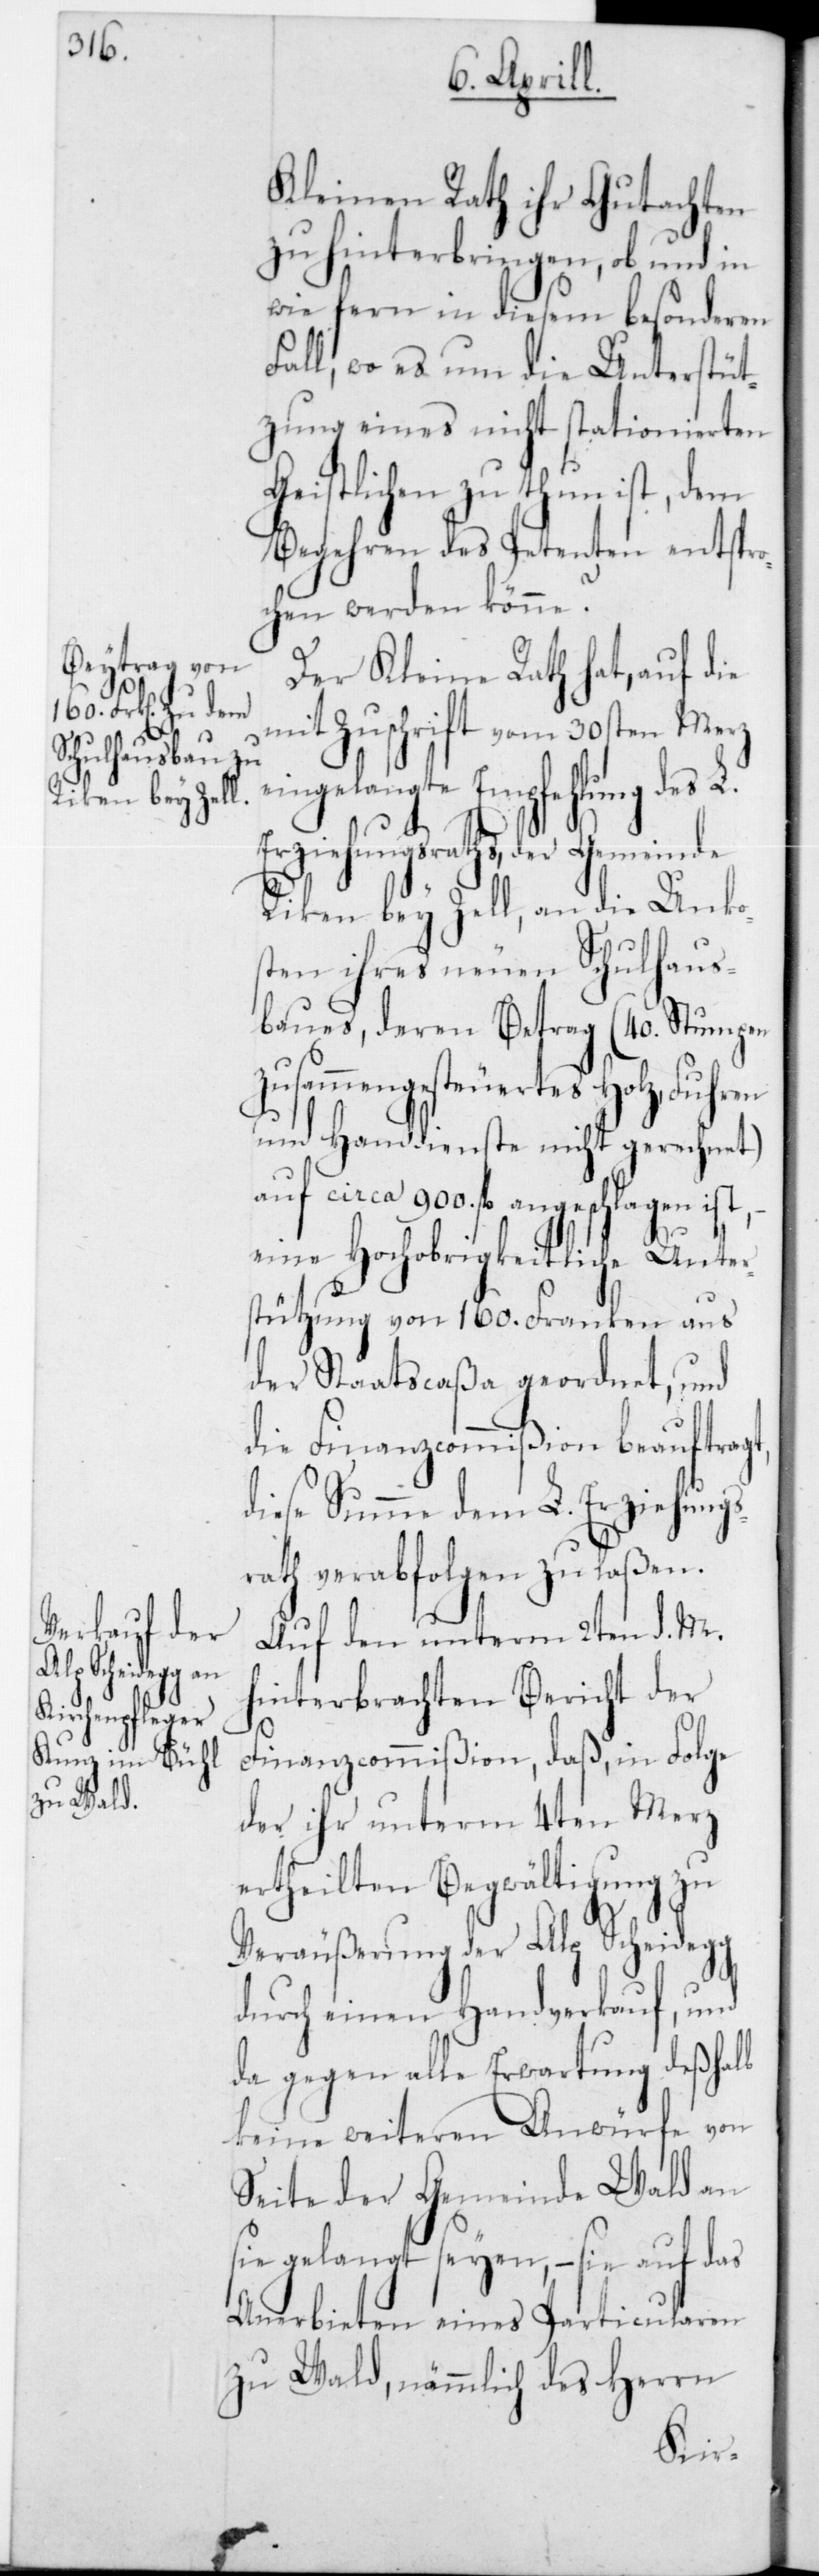
Kleinen Rath ihr Gutachten
zu hinterbringen, ob und in
wie fern in diesem besonderen
Fall, wo es um die Unterstüt¬
zung eines nicht stationierten
Geistlichen zu thun ist, dem
Begehren des Petenten entspro¬
chen werden könne?
Der Kleine Rath hat, auf die
mit Zuschrift vom 30sten Merz
ngelangte Empfehlung des L.
Erziehungsraths, der Gemeinde
Rikon bey Zell, an die Unko¬
sten ihres neuen Schulhaus¬
baues, deren Betrag (40 Stumpen
zusammengesteuertes Holz, Fuhren
und Handdienste nicht gerechnet)
auf circa 900 fl. angeschlagen ist,
eine Hochobrigkeitliche Unter¬
stützung von 160 Franken aus
der Staatscaßa geordnet, und
die Finanzcommißion beauftrag¬
diese Summe dem L. Erziehungs¬
rath verabfolgen zu laßen.
Auf den unterm 2ten d. M.
hinterbrachten Bericht der
Finanzcommißion, daß, in Folge
der ihr unterm 4ten Merz
ertheilten Begwältigung zu
Veräußerung der Alp Scheidegg
durch einen Handverkauf, und
da gegen alle Erwartung deßhalb
keine weiteren Anwürfe von
Seite der Gemeinde Wald an
sie gelangt seyen, – sie auf das
Anerbieten eines Particularen
zu Wald, nämmlich des Herrn
t,